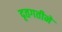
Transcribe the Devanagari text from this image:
दृतगतीने